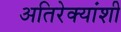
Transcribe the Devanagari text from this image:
अतिरेक्यांशी